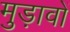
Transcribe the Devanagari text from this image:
मुड़ावों